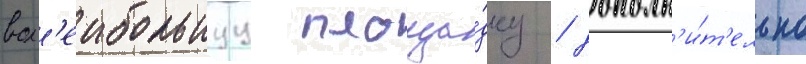
вол'еибольнуу площа́дку / дополн'и́т'ельно